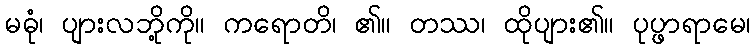
မဓုံ၊ ပျားလဘို့ကို။ ကရောတိ၊ ၏။ တဿ၊ ထိုပျား၏။ ပုပ္ဖာရာမေ၊